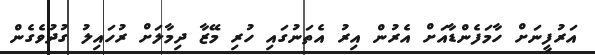
އަރުފީނަށް ހާމަފެންޑާއަށް އެރުން އިރު އެތަނުގައި ހުރި މޭޒާ ދިމާލަށް ރުހައިލު ގުދުވެގެން